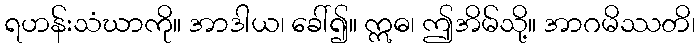
ရဟန်းသံဃာကို။ အာဒါယ၊ ခေါ်၍။ ဣဓ၊ ဤအိမ်သို့။ အာဂမိဿတိ၊